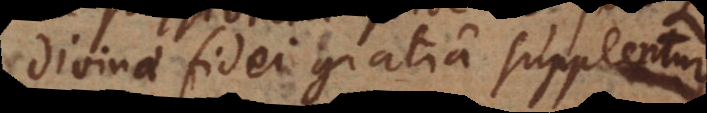
divinae fidei gratia supplentur